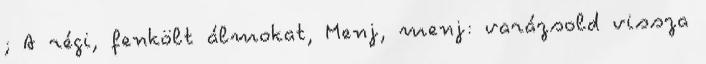
; A régi, fenkölt álmokat, Menj, menj: varázsold vissza